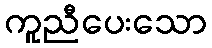
ကူညီပေးသော